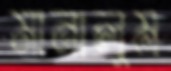
মানালুম